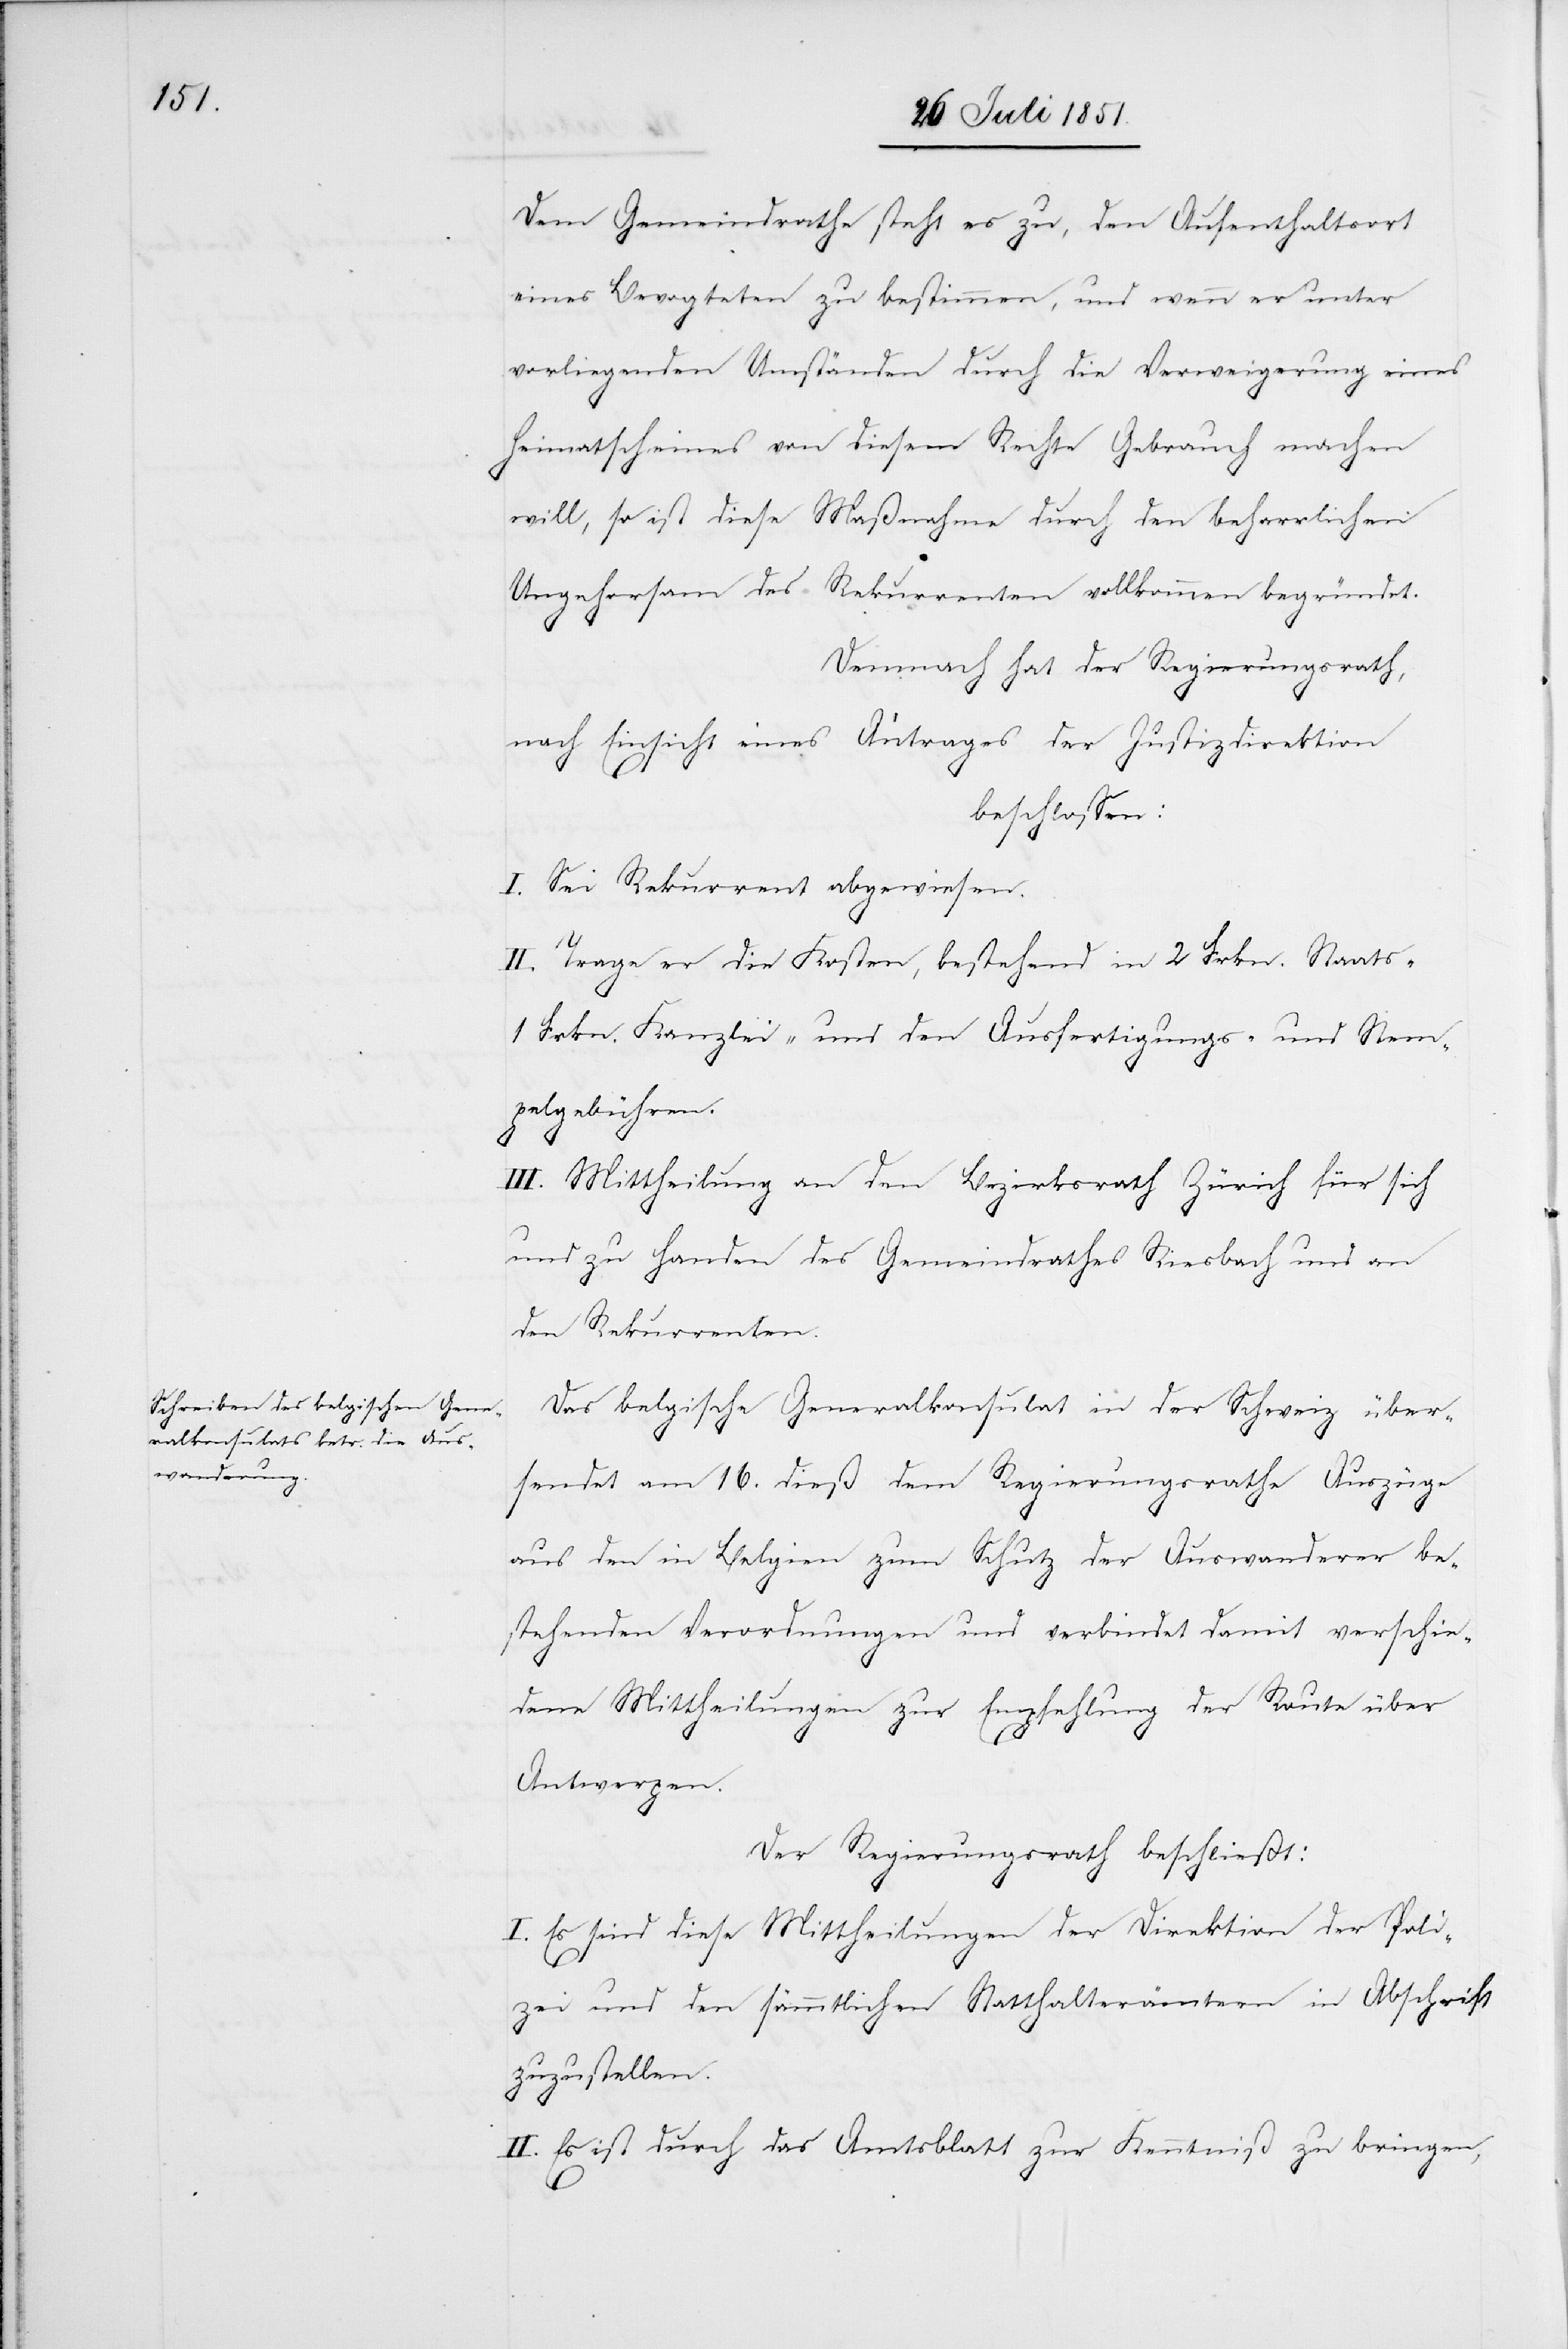
Dem Gemeindrathe steht es zu, den Aufenthaltsort
eines Bevogteten zu bestimmen, und wenn er unter
vorliegenden Umständen durch die Verweigerung eines
Heimatscheines von diesem Rechte Gebrauch machen
will, so ist diese Maßnahme durch den beharrlichen
Ungehorsam des Rekurrenten vollkommen begründet.
Demnach hat der Regierungsrath,
nach Einsicht eines Antrages der Justizdirektion
beschlossen:
I. Sei Rekurrent abgewiesen.
II. Trage er die Kosten, bestehend in 2 Frkn. Staats-[,]
1 Frkn. Kanzlei- und den Ausfertigungs- und Stem¬
pelgebühren.
III. Mittheilung an den Bezirksrath Zürich für sich
und zu Handen des Gemeindrathes Riesbach und an
den Rekurrenten.
Das belgische Generalkonsulat in der Schweiz über¬
sendet am 16. dieß dem Regierungsrathe Auszüge
aus den in Belgien zum Schutz der Auswanderer be¬
stehenden Verordnungen und verbindet damit verschie¬
dene Mittheilungen zur Empfehlung der Route über
Antwerpen.
Der Regierungsrath beschließt:
I. Es sind diese Mittheilungen der Direktion der Poli¬
zei und den sämmtlichen Statthalterämtern in Abschrift
zuzustellen.
II. Es ist durch das Amtsblatt zur Kenntniß zu bringen,